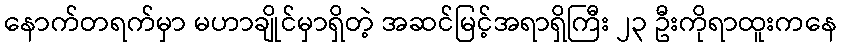
နောက်တရက်မှာ မဟာချိုင်မှာရှိတဲ့ အဆင်မြင့်အရာရှိကြီး ၂၃ ဦးကိုရာထူးကနေ